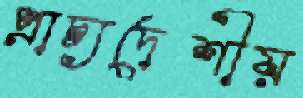
প্রাচ্যদেশীয়